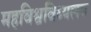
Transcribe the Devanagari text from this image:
महविश्वविध्यलय